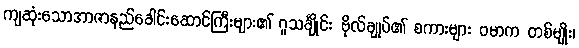
ကျဆုံးသောအာဇာနည်ခေါင်းဆောင်ကြီးများ၏ ဂူသင်္ချိုင်း ဗိုလ်ချုပ်၏ စကားများ ဗမာက တစ်မျိုး၊